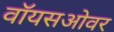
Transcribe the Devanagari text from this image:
वॉयसओवर